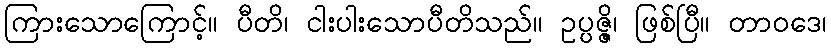
ကြားသောကြောင့်။ ပီတိ၊ ငါးပါးသောပီတိသည်။ ဥပ္ပဇ္ဇိ၊ ဖြစ်ပြီ။ တာဝဒေ၊